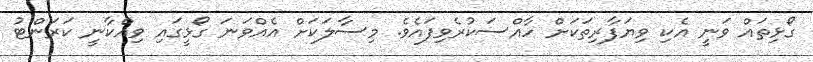
ގޯޅިތައް ވަނީ އެކި ވިޔަފާރިތަކަށް ހާއްސަކުރެވިފައެވެ. މިސާލަކަށް އެއްވަނަ ގޯޅީގައި ވިއްކާނީ ކަރަންޓު